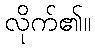
လိုက်၏။